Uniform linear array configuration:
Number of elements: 32
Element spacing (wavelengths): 0.5
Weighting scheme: blackman
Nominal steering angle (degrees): -30
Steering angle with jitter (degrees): -29.092
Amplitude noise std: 0.05
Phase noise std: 0.05

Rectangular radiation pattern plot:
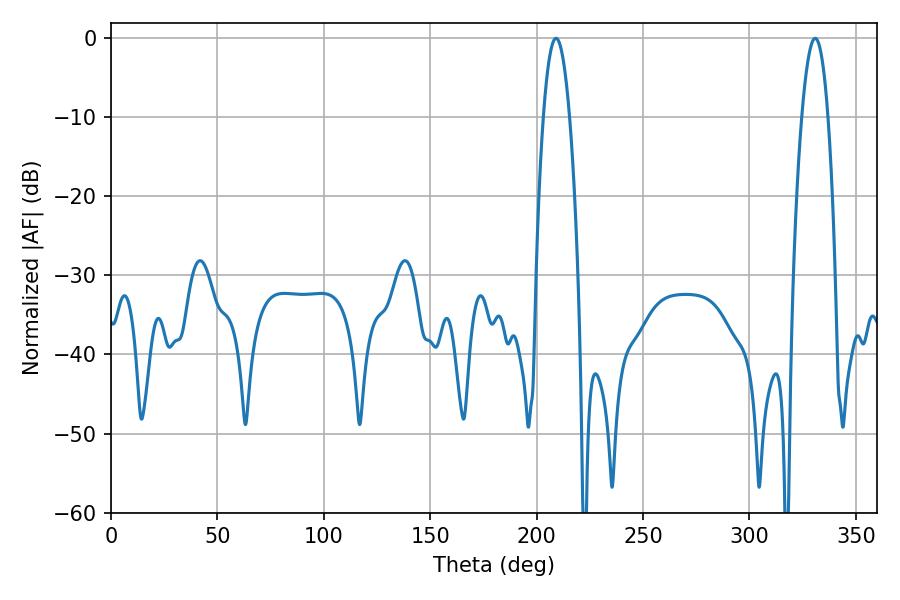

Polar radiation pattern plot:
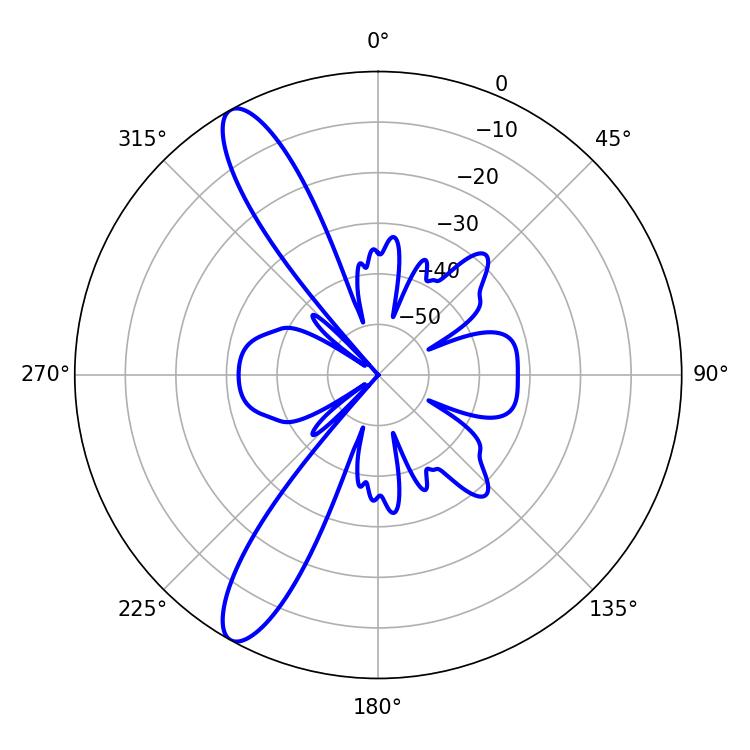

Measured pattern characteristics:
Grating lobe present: FALSE
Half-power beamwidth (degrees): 6.84
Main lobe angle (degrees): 209.16